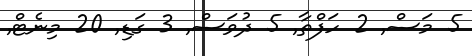
5 މަސް